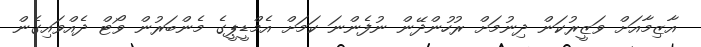
އާޒިމާއަށް ވަޒީރުކަން ދިނުމަށް ރުހުންދޭން ނުފެންނަ ކަމަށް އެމްޑީޕީގެ މެންބަރުން ވޯޓް ދެއްވައިގެން